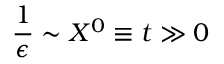
\frac { 1 } { \epsilon } \sim X ^ { 0 } \equiv t \gg 0